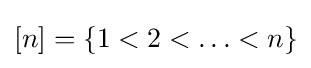
[n]=\{1<2<\ldots <n\}